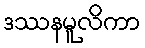
ဒဿနမူလိကာ